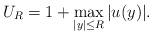
LaTeX: \begin{align*}U_R= 1+ \max_{|y|\le R} |u(y)|.\end{align*}